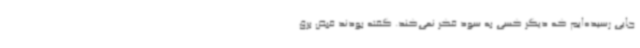
جایی رسیده‌ایم که دیگر کسی به سود فکر نمی‌کند. گفته بودند قبض برق